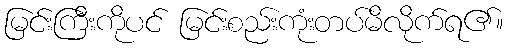
မြင်းကြီးကိုပင် မြင်းစည်းကုံးတပ်မိလိုက်ရ၏။